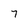
Character: 7